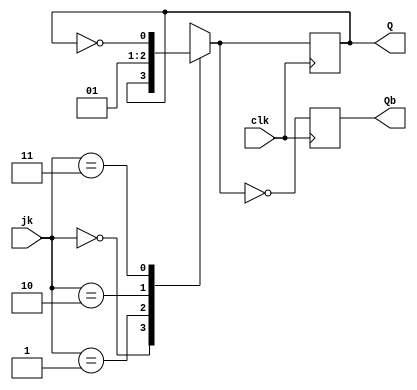
module jk(
    input [1:0] jk,
    input clk,
    output reg Q,
    output reg Qb
    );
	 initial begin
		Q=1'b0;
	 end 
	 
	 always @(posedge clk)
		begin
			case(jk)
				2'b00: Q=Q;
				2'b01: Q=1'b0;
				2'b10: Q=1'b1;
				2'b11: Q=~Q;
			endcase
			Qb = ~Q;
		end
		
endmodule